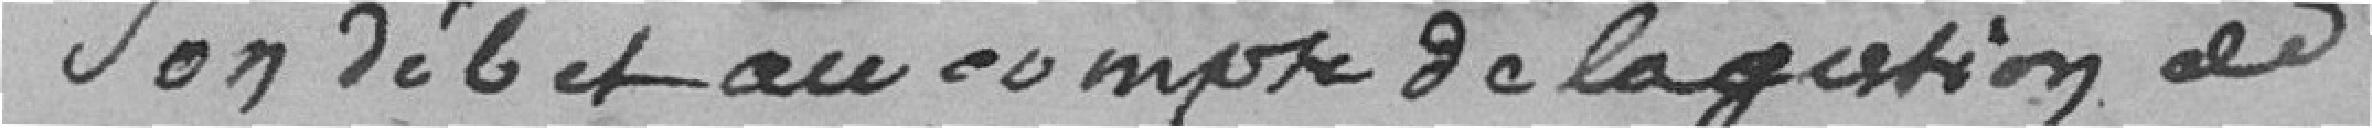
son débit au compte de la gestion de